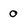
Character: 0